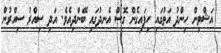
އަޝްވިން ހިންދު އަތުގައި ހިފައިގެން ގޮސް އެނދުގައި ބޭންދިއެވެ. އަދި ސިއްރު ސިއްރުން